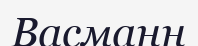
Васманн